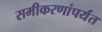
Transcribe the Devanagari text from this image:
समीकरणांपर्यंत